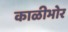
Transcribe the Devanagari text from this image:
काळीभोर